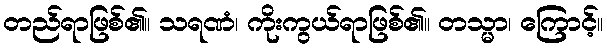
တည်ရာဖြစ်၏။ သရဏံ၊ ကိုးကွယ်ရာဖြစ်၏။ တသ္မာ၊ ကြောင့်။